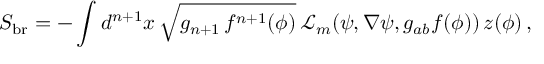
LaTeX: S _ { \mathrm { b r } } = - \int { d ^ { n + 1 } x \, \sqrt { g _ { n + 1 } \, f ^ { n + 1 } ( \phi ) } \, { \mathcal { L } } _ { m } ( \psi , \nabla \psi , g _ { a b } f ( \phi ) ) } \, z ( \phi ) \, ,